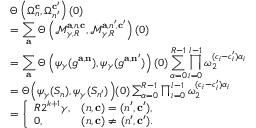
\begin{array} { r l } & { \Theta \left( \Omega _ { n } ^ { \mathbf { c } } , \Omega _ { n ^ { \prime } } ^ { \mathbf { c } ^ { \prime } } \right) ( 0 ) } \\ & { = \displaystyle \sum _ { \mathbf { a } } \Theta \left( \mathcal { M } _ { \gamma , R } ^ { \mathbf { a } , { n } , \mathbf { c } } , \mathcal { M } _ { \gamma , R } ^ { \mathbf { a } , { n } ^ { \prime } , \mathbf { c } ^ { \prime } } \right) ( 0 ) } \\ & { = \displaystyle \sum _ { \mathbf { a } } \Theta \left( { \psi _ { \gamma } } ( g ^ { \mathbf { a } , \mathbf { n } } ) , { \psi _ { \gamma } } ( g ^ { \mathbf { a } , \mathbf { n } ^ { \prime } } ) \right) ( 0 ) \sum _ { \alpha = 0 } ^ { R - 1 } \prod _ { i = 0 } ^ { l - 1 } \omega _ { 2 } ^ { ( c _ { i } - c _ { i } ^ { \prime } ) \alpha _ { i } } } \\ & { = \Theta \Big ( \psi _ { \gamma } ( S _ { n } ) , \psi _ { \gamma } ( S _ { n ^ { \prime } } ) \Big ) ( 0 ) \sum _ { \alpha = 0 } ^ { R - 1 } \prod _ { i = 0 } ^ { l - 1 } \omega _ { 2 } ^ { ( c _ { i } - c _ { i } ^ { \prime } ) \alpha _ { i } } } \\ & { = \left\{ \begin{array} { l l } { R 2 ^ { k + 1 } \gamma , } & { ( n , \mathbf { c } ) = ( n ^ { \prime } , \mathbf { c } ^ { \prime } ) , } \\ { 0 , } & { ( n , \mathbf { c } ) \neq ( n ^ { \prime } , \mathbf { c } ^ { \prime } ) . } \end{array} \right. } \end{array}